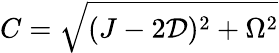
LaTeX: C=\sqrt{(J-2\mathcal{D})^{2}+\Omega^{2}}